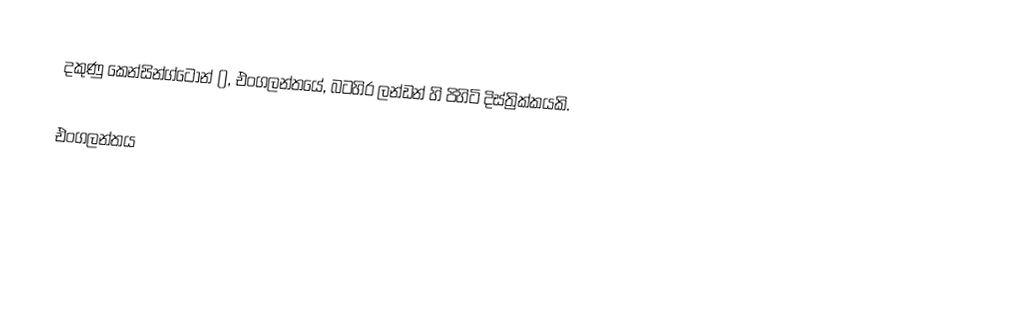
දකුණු කෙන්සින්ග්ටොන් (), එංගලන්තයේ, බටහිර ලන්ඩන් හි පිහිටි දිස්ත්‍රික්කයකි.

එංගලන්තය